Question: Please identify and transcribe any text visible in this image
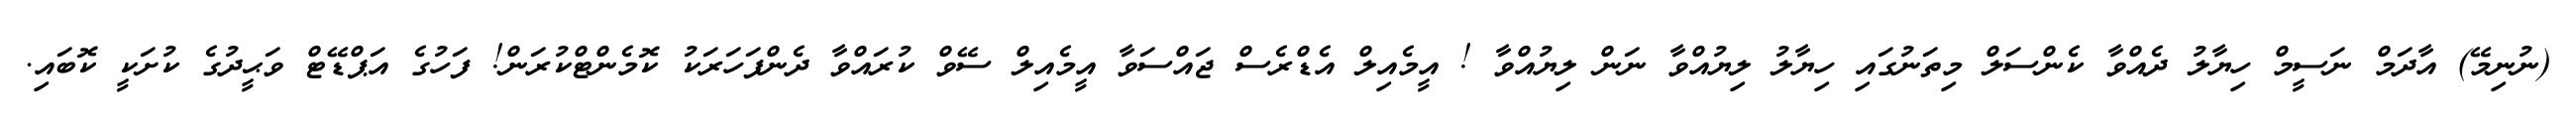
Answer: (ނުނިމޭ) އާދަމް ނަސީމް ހިޔާލު ދެއްވާ ކެންސަލް މިތަނުގައި ހިޔާލު ލިޔުއްވާ ނަން ލިޔުއްވާ ! އީމެއިލް އެޑްރެސް ޖައްސަވާ އީމެއިލް ސޭވް ކުރައްވާ ދެންފަހަރަކު ކޮމެންޓްކުރަން! ފަހުގެ އަޕްޑޭޓް ވަޙީދުގެ ކުށަކީ ކޮބައި.